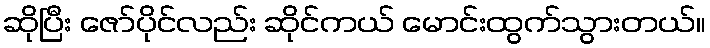
ဆိုပြီး ဇော်ပိုင်လည်း ဆိုင်ကယ် မောင်းထွက်သွားတယ်။